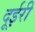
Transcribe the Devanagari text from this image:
दूईरी